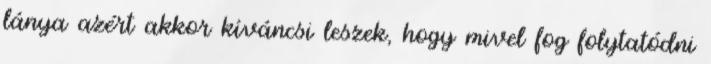
lánya azért akkor kíváncsi leszek, hogy mivel fog folytatódni